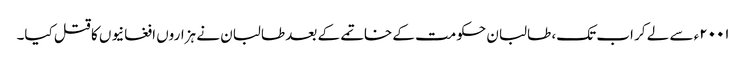
۲۰۰۱ء سے لے کر اب تک، طالبان حکومت کے خاتمے کے بعد طالبان نے ہزاروں افغانیوں کا قتل کیا۔